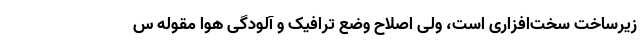
زیرساخت سخت‌افزاری است، ولی اصلاح وضع ترافیک و آلودگی هوا مقوله س